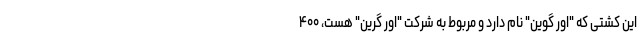
این کشتی که "اور گوین" نام دارد و مربوط به شرکت "اور گرین" هست، ۴۰۰